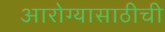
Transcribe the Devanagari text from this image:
आरोग्यासाठीची